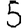
Digit: 5